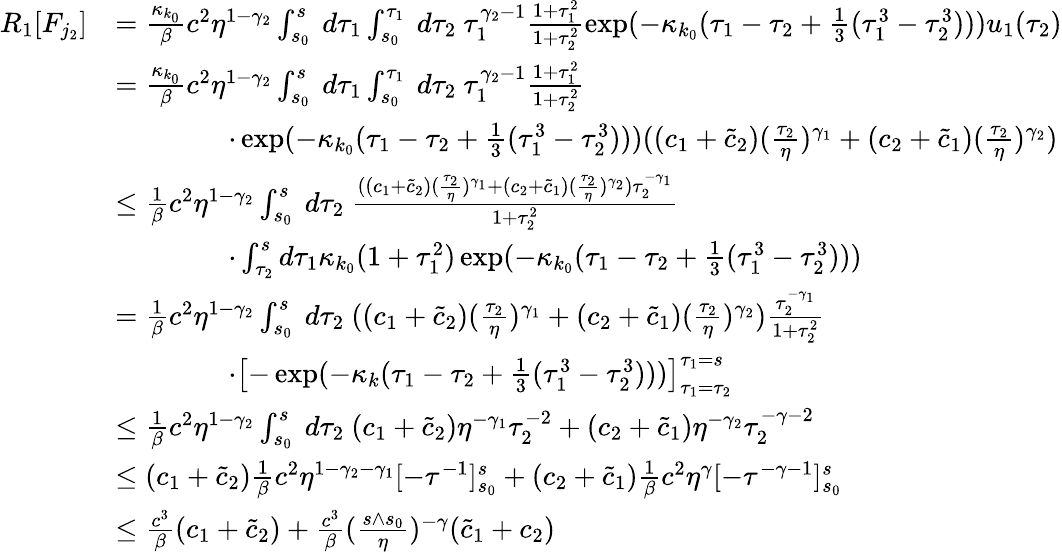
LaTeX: \begin{array}{rl}{R_{1}[F_{j_{2}}]}&{=\frac{\kappa_{k_{0}}}\beta c^{2}\eta^{1-\gamma_{2}}\int_{s_{0}}^{s}\ d\tau_{1}\int_{s_{0}}^{\tau_{1}}\ d\tau_{2}\ \tau_{1}^{\gamma_{2}-1}\frac{1+\tau_{1}^{2}}{1+\tau_{2}^{2}}\exp(-\kappa_{k_{0}}(\tau_{1}-\tau_{2}+\frac 13(\tau_{1}^{3}-\tau_{2}^{3})))u_{1}(\tau_{2})}\\ &{=\frac{\kappa_{k_{0}}}\beta c^{2}\eta^{1-\gamma_{2}}\int_{s_{0}}^{s}\ d\tau_{1}\int_{s_{0}}^{\tau_{1}}\ d\tau_{2}\ \tau_{1}^{\gamma_{2}-1}\frac{1+\tau_{1}^{2}}{1+\tau_{2}^{2}}}\\ &{\qquad\qquad\cdot\exp(-\kappa_{k_{0}}(\tau_{1}-\tau_{2}+\frac 13(\tau_{1}^{3}-\tau_{2}^{3})))((c_{1}+\tilde{c}_{2})(\frac{\tau_{2}}\eta)^{\gamma_{1}}+(c_{2}+\tilde{c}_{1})(\frac{\tau_{2}}\eta)^{\gamma_{2}})}\\ &{\le\frac{1}\beta c^{2}\eta^{1-\gamma_{2}}\int_{s_{0}}^{s}\ d\tau_{2}\ \frac{((c_{1}+\tilde{c}_{2})(\frac{\tau_{2}}\eta)^{\gamma_{1}}+(c_{2}+\tilde{c}_{1})(\frac{\tau_{2}}\eta)^{\gamma_{2}})\tau_{2}^{-\gamma_{1}}}{1+\tau_{2}^{2}}\ }\\ &{\qquad\qquad\cdot\int_{\tau_{2}}^{s}d\tau_{1}\kappa_{k_{0}}(1+\tau_{1}^{2})\exp(-\kappa_{k_{0}}(\tau_{1}-\tau_{2}+\frac 13(\tau_{1}^{3}-\tau_{2}^{3})))}\\ &{=\frac{1}\beta c^{2}\eta^{1-\gamma_{2}}\int_{s_{0}}^{s}\ d\tau_{2}\ ((c_{1}+\tilde{c}_{2})(\frac{\tau_{2}}\eta)^{\gamma_{1}}+(c_{2}+\tilde{c}_{1})(\frac{\tau_{2}}\eta)^{\gamma_{2}})\frac{\tau_{2}^{-\gamma_{1}}}{1+\tau_{2}^{2}}}\\ &{\qquad\qquad\cdot\left[-\exp(-\kappa_{k}(\tau_{1}-\tau_{2}+\frac 13(\tau_{1}^{3}-\tau_{2}^{3})))\right]_{\tau_{1}=\tau_{2}}^{\tau_{1}=s}}\\ &{\le\frac{1}\beta c^{2}\eta^{1-\gamma_{2}}\int_{s_{0}}^{s}\ d\tau_{2}\ (c_{1}+\tilde{c}_{2})\eta^{-\gamma_{1}}\tau_{2}^{-2}+(c_{2}+\tilde{c}_{1})\eta^{-\gamma_{2}}\tau_{2}^{-\gamma-2}}\\ &{\le(c_{1}+\tilde{c}_{2})\frac{1}\beta c^{2}\eta^{1-\gamma_{2}-\gamma_{1}}[-\tau^{-1}]_{s_{0}}^{s}+(c_{2}+\tilde{c}_{1})\frac{1}\beta c^{2}\eta^{\gamma}[-\tau^{-\gamma-1}]_{s_{0}}^{s}}\\ &{\le\frac{c^{3}}\beta(c_{1}+\tilde{c}_{2})+\frac{c^{3}}\beta(\frac{s\wedge s_{0}}\eta)^{-\gamma}(\tilde{c}_{1}+c_{2})}\end{array}